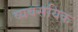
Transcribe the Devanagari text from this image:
व्यवसयिक